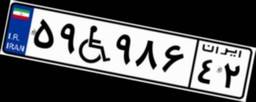
۵۹W۹۸۶۴۲